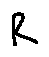
R